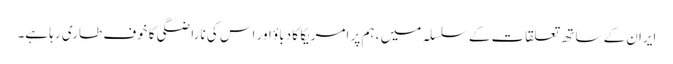
ایران کے ساتھ تعلقات کے سلسلہ میں ، ہم پر امریکا کا دباؤ اور اس کی ناراضگی کا خوف طاری رہا ہے۔